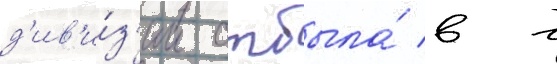
д'ив'и́з'ии отбыла́ в г